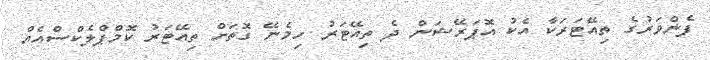
ފެންވަރުގެ ތިއޭޓަރަކާ އެކު އޮޕަރޭޝަން ދެ ތިއޭޓަރު ހިމެނޭ ގޮތަށް ތިއޭޓަރު ކޮމްޕްލެކްސްއެއް